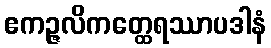
ဧကဉ္ဇလိကတ္ထေရဿာပဒါနံ